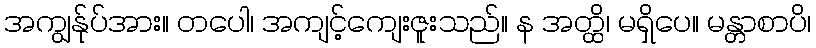
အကျွန်ုပ်အား။ တပေါ၊ အကျင့်ကျေးဇူးသည်။ န အတ္ထိ၊ မရှိပေ။ မန္တာစာပိ၊